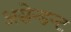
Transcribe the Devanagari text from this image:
असेन्डन्ट